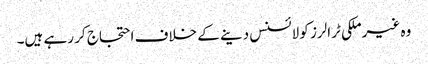
وہ غیرملکی ٹرالرز کو لائسنس دینے کے خلاف احتجاج کر رہے ہیں۔